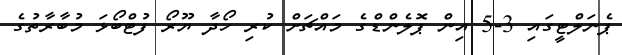
ޕެނަލްޓީގައި 3-5 އިން ޕޮލެންޑްގެ މައްޗަށް ކުރި ހޯދާ ޔޫރޯ ފުޓްބޯޅަ މުބާރާތުގެ